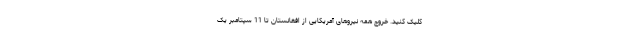
کلیک کنید. خروج همه نیروهای آمریکایی از افغانستان تا 11 سپتامبر یک